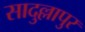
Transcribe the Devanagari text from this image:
सादुल्लापुर